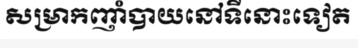
សម្រាកញាំបាយនៅទីនោះទៀត